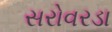
સરોવરડા